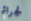
لجرائم